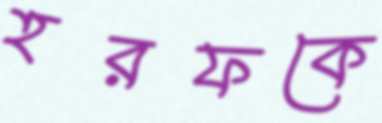
হরফকে